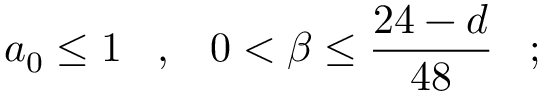
a _ { 0 } \leq 1 \; \; \; , \; \; \; 0 < \beta \leq { \frac { 2 4 - d } { 4 8 } } \; \; \; ;